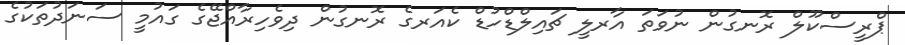
ޕްރީސްކޫލް ރޮނގުން ނުވަތަ އާރލީ ޗައިލްޑްހުޑް ކެއަރގެ ރޮނގުން ދިވެހިރާއްޖޭގެ ގައުމީ ސަނަދުތަކުގެ